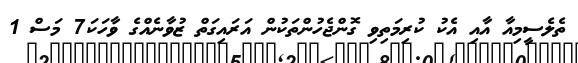
ތެލެސީމިއާ އާއި އެކު ކުރިމަތިވި ގޮންޖެހުންތަކުން އަރައިގަތް ޒުވާނެއްގެ ވާހަކަ7 މަސް 1